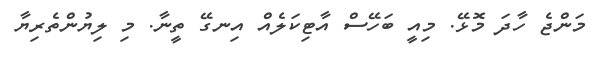
މަންޖެ ހާދަ މޮޅޭ. މިއީ ބަހޭސް އާޓިކަލެއް އިނގޭ ތީނާ. މި ލިޔުންތެރިޔާ